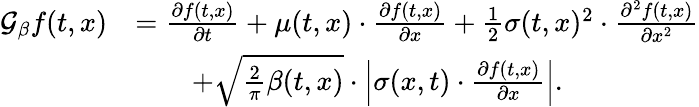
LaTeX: \begin{array}{rl}{\mathcal{G}_{\beta}f(t,x)}&{=\frac{\partial f(t,x)}{\partial t}+\mu(t,x)\cdot\frac{\partial f(t,x)}{\partial x}+\frac{1}{2}\sigma(t,x)^{2}\cdot\frac{\partial^{2}f(t,x)}{\partial x^{2}}}\\ &{\qquad+\sqrt{\frac{2}{\pi}\beta(t,x)}\cdot\left|\sigma(x,t)\cdot\frac{\partial f(t,x)}{\partial x}\right|.}\end{array}